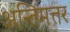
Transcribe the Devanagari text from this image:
अन्तिमत्तर